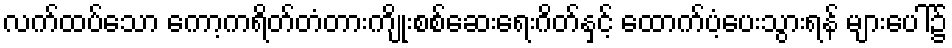
လက်ထပ်သော ကော့ကရိတ်တံတားကျိုးစစ်ဆေးရေးဂိတ်နှင့် ထောက်ပံ့ပေးသွားရန် များပေါ်၌